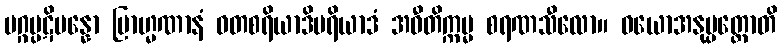
မဂ္ဂပ္ပဋိပန္နော ဗြာဟ္မဏာနံ ဝတစရိယာဒိမရိယာဒံ အဝီတိက္ကမ္မ စရဏသီလော။ ဝယောအနုပ္ပတ္တောတိ